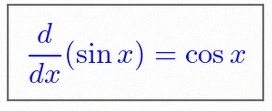
\frac{d}{dx}(\sin x)=\cos x